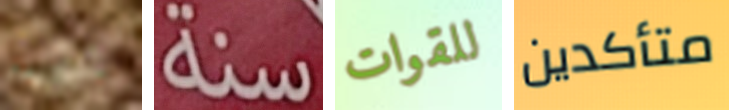
حررت سنة للقوات متأكدين